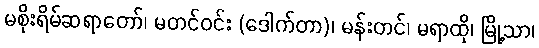
မစိုးရိမ်ဆရာတော်၊ မတင်ဝင်း (ဒေါက်တာ)၊ မန်းတင်၊ မရာထို၊ မြို့သာ၊